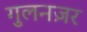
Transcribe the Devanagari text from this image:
गुलनज़र